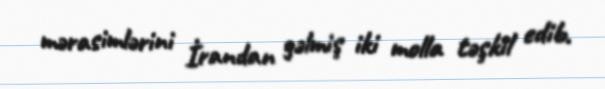
mərasimlərini İrandan gəlmiş iki molla təşkil edib.